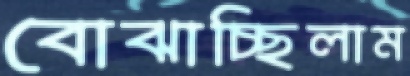
বোঝাচ্ছিলাম